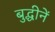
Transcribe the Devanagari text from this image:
बुद्धीनें